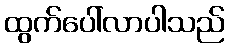
ထွက်ပေါ်လာပါသည်